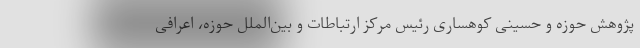
پژوهش حوزه و حسینی کوهساری رئیس مرکز ارتباطات و بین‌الملل حوزه، اعرافی